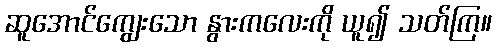
ဆူအောင်ကျွေးသော နွားကလေးကို ယူ၍ သတ်ကြ။